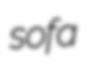
sofa